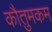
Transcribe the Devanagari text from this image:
कौतुमकम